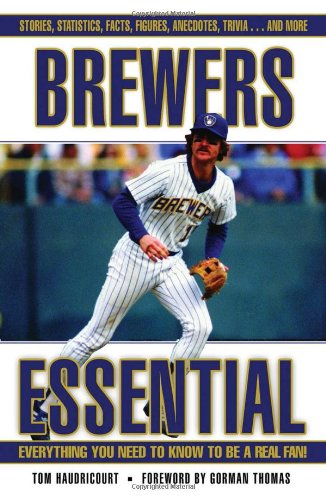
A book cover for Brewers Essential: Everything You Need to Know to Be a Real Fan!; Tom Haudricourt; Travel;